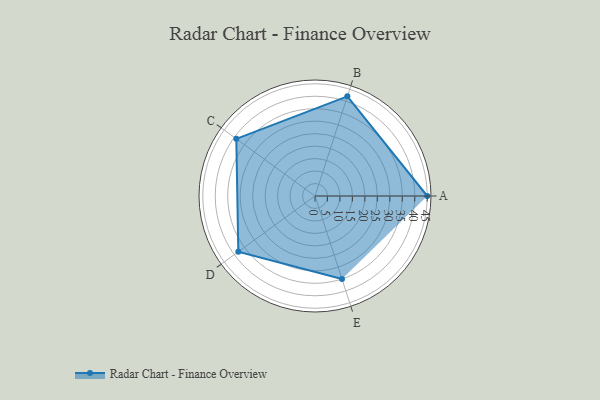
{"axis": {"x": "Skill", "y": "Score"}, "legend": ["Profile"], "data": [{"x": "A", "y": 45.0, "type": "Profile"}, {"x": "B", "y": 42.0, "type": "Profile"}, {"x": "C", "y": 39.0, "type": "Profile"}, {"x": "D", "y": 38.0, "type": "Profile"}, {"x": "E", "y": 35.0, "type": "Profile"}]}